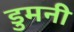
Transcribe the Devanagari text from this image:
डुमनी